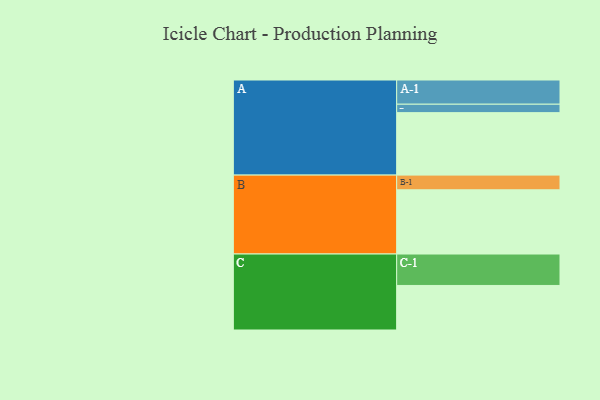
{"axis": {"x": "Segment", "y": "Value"}, "legend": ["", "A", "B", "C"], "data": [{"x": "A", "y": 467, "type": ""}, {"x": "B", "y": 480, "type": ""}, {"x": "C", "y": 333, "type": ""}, {"x": "A-1", "y": 181, "type": "A"}, {"x": "A-2", "y": 63, "type": "A"}, {"x": "B-1", "y": 110, "type": "B"}, {"x": "C-1", "y": 235, "type": "C"}]}